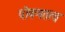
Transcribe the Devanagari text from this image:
पोषणतत्व